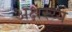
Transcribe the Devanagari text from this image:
अक्षरय्य